Indian Civil Veterinary Department memoirs
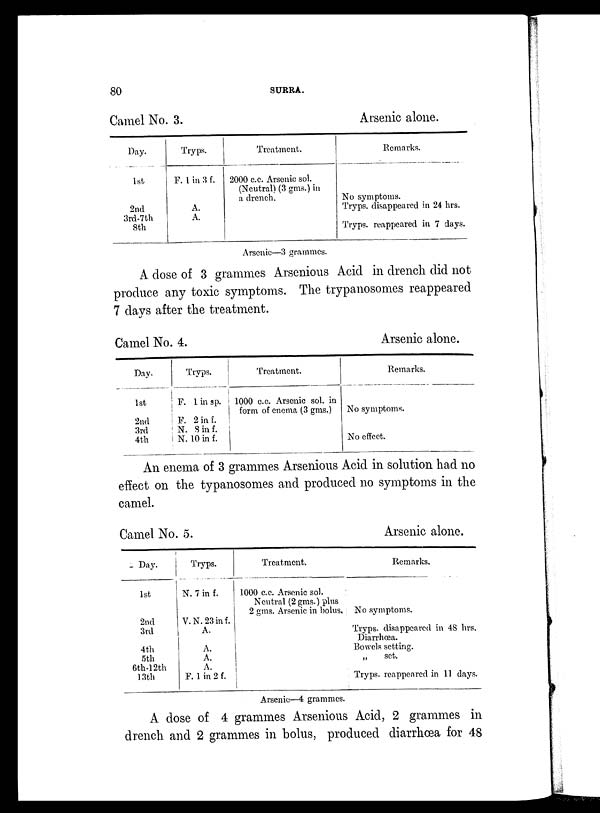
80
SURRA.
Camel No. 3.
Day.
1st
2nd
3rd-7th
8th
Tryps.
F. 1 in 3 f.
A.
A.
Treatment.
2000 c.c. Arsenic sol.
(Neutral) (3 gms.) in
a drench.
Arsenic alone.
Remarks.
No symptoms.
Tryps. disappeared in 24 hrs.
Tryps. reappeared in 7 days.
Arsenic—3 grammes.
A dose of 3 grammes Arsenious Acid in drench did not
produce any toxic symptoms. The trypanosomes reappeared
7 days after the treatment.
Camel No. 4.
Day.
1st
2nd
3rd
4th
Tryps.
F. 1 in sp.
F. 2 in f.
N. 8 in f.
N. 10 in f.
Treatment.
1000 c.c. Arsenic sol. in
form of enema (3 gms.)
Arsenic alone.
Remarks.
No symptoms.
No effect.
An enema of 3 grammes Arsenious Acid in solution had no
effect on the typanosomes and produced no symptoms in the
camel.
Camel No. 5.
Day.
1st
2nd
3rd
4th
5th
6th-12th
13th
Tryps.
N. 7 in f.
V. N. 23 in f.
A.
A.
A.
A.
F. 1 in 2 f.
Treatment.
1000 c.c. Arsenic sol.
Neutral (2gms.) plus
2 gms. Arsenic in bolus.
Arsenic alone.
Remarks.
No symptoms.
Tryps. disappeared in 48 hrs.
Diarrhœa.
Bowels setting.
„
set.
Tryps. reappeared in 11 days.
Arsenic—4 grammes.
A dose of 4 grammes Arsenious Acid, 2 grammes in
drench and 2 grammes in bolus, produced diarrhœa for 48